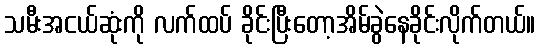
သမီးအငယ်ဆုံးကို လက်ထပ် ခိုင်းပြီးတော့အိမ်ခွဲနေခိုင်းလိုက်တယ်။